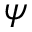
\psi